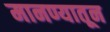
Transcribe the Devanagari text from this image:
मानण्यातून